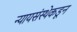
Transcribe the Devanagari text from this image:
न्यायसंस्थेकडून